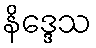
နိဒ္ဒေသ